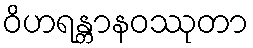
ဝိဟရန္တာနဝဿုတာ